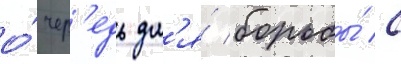
о́чер'едь дл'я́ борьбы́ с